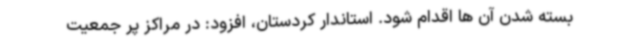
بسته شدن آن ها اقدام شود. استاندار کردستان، افزود: در مراکز پر جمعیت